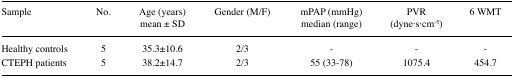
| Sample | No. | Age (years) mean ± SD | Gender (M/F) | mPAP (mmHg) median (range) | PVR (dyne·s·cm−5) | 6 WMT |
 | --- | --- | --- | --- | --- | --- | --- |
 | Healthy controls | 5 | 35.3±10.6 | 2/3 | - | - | - |
 | CTEPH patients | 5 | 38.2±14.7 | 2/3 | 55 (33–78) | 1075.4 | 454.7 |